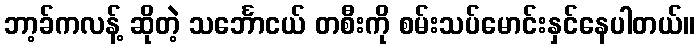
ဘာ့ခ်ကလန့် ဆိုတဲ့ သင်္ဘောငယ် တစီးကို စမ်းသပ်မောင်းနှင်နေပါတယ်။